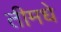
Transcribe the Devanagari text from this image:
तीमधे